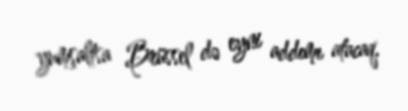
yumşaltsa Brüssel də eyni addımı atacaq.